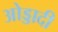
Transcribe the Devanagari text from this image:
ओड्डादी